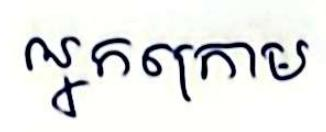
អ្នកក្រោម